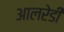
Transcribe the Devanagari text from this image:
आलरेडी